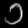
Digit: ၁